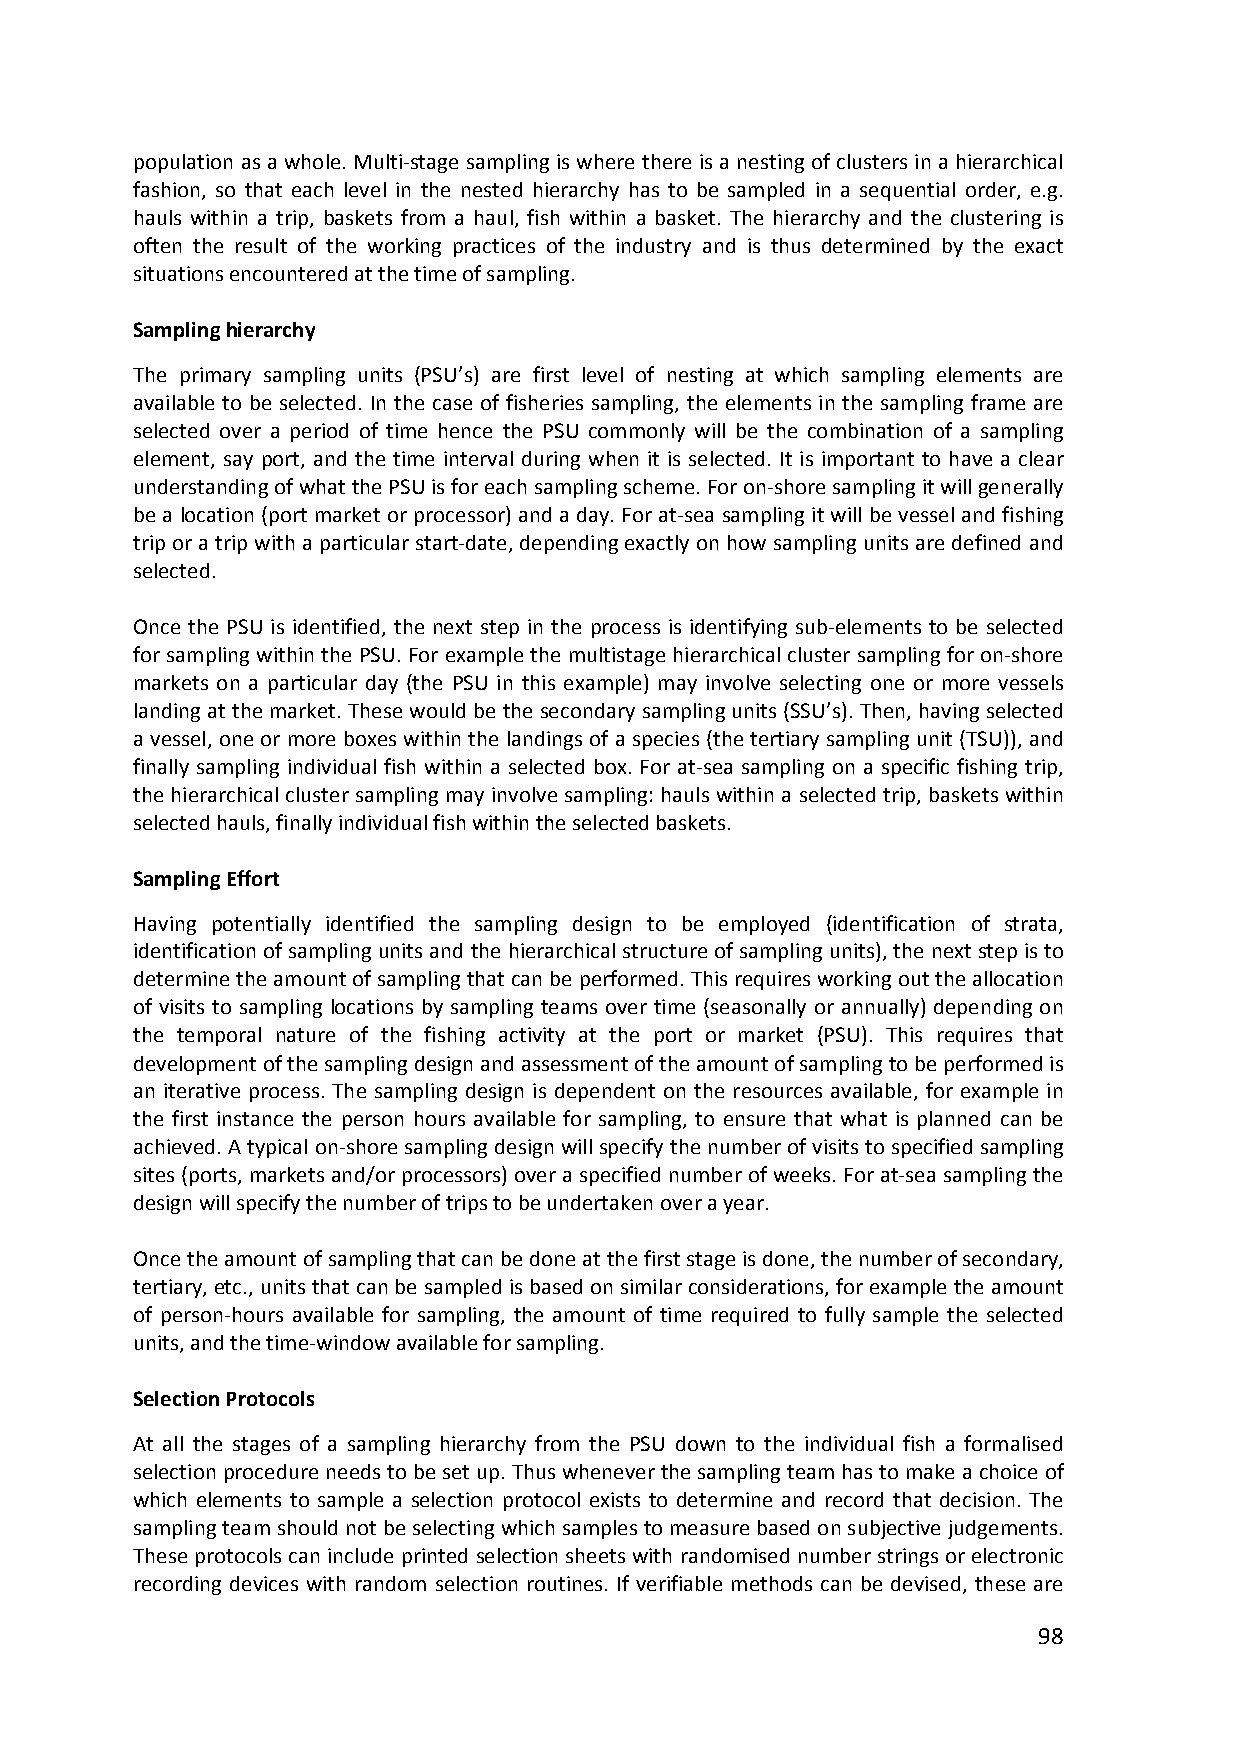
population as a whole. Multi‐stage sampling is where there is a nesting of clusters in a hierarchical
 fashion, so that each level in the nested hierarchy has to be sampled in a sequential order, e.g.
 hauls within a trip, baskets from a haul, fish within a basket. The hierarchy and the clustering is
 often the result of the working practices of the industry and is thus determined by the exact
 situations encountered at the time of sampling.
 Sampling hierarchy
 The primary sampling units (PSU’s) are first level of nesting at which sampling elements are
 available to be selected. In the case of fisheries sampling, the elements in the sampling frame are
 selected over a period of time hence the PSU commonly will be the combination of a sampling
 element, say port, and the time interval during when it is selected. It is important to have a clear
 understanding of what the PSU is for each sampling scheme. For on‐shore sampling it will generally
 be a location (port market or processor) and a day. For at‐sea sampling it will be vessel and fishing
 trip or a trip with a particular start‐date, depending exactly on how sampling units are defined and
 selected.
 Once the PSU is identified, the next step in the process is identifying sub‐elements to be selected
 for sampling within the PSU. For example the multistage hierarchical cluster sampling for on‐shore
 markets on a particular day (the PSU in this example) may involve selecting one or more vessels
 landing at the market. These would be the secondary sampling units (SSU’s). Then, having selected
 a vessel, one or more boxes within the landings of a species (the tertiary sampling unit (TSU)), and
 finally sampling individual fish within a selected box. For at‐sea sampling on a specific fishing trip,
 the hierarchical cluster sampling may involve sampling: hauls within a selected trip, baskets within
 selected hauls, finally individual fish within the selected baskets.
 Sampling Effort
 Having potentially identified the sampling design to be employed (identification of strata,
 identification of sampling units and the hierarchical structure of sampling units), the next step is to
 determine the amount of sampling that can be performed. This requires working out the allocation
 of visits to sampling locations by sampling teams over time (seasonally or annually) depending on
 the temporal nature of the fishing activity at the port or market (PSU). This requires that
 development of the sampling design and assessment of the amount of sampling to be performed is
 an iterative process. The sampling design is dependent on the resources available, for example in
 the first instance the person hours available for sampling, to ensure that what is planned can be
 achieved. A typical on‐shore sampling design will specify the number of visits to specified sampling
 sites (ports, markets and/or processors) over a specified number of weeks. For at‐sea sampling the
 design will specify the number of trips to be undertaken over a year.
 Once the amount of sampling that can be done at the first stage is done, the number of secondary,
 tertiary, etc., units that can be sampled is based on similar considerations, for example the amount
 of person‐hours available for sampling, the amount of time required to fully sample the selected
 units, and the time‐window available for sampling.
 Selection Protocols
 At all the stages of a sampling hierarchy from the PSU down to the individual fish a formalised
 selection procedure needs to be set up. Thus whenever the sampling team has to make a choice of
 which elements to sample a selection protocol exists to determine and record that decision. The
 sampling team should not be selecting which samples to measure based on subjective judgements.
 These protocols can include printed selection sheets with randomised number strings or electronic
 recording devices with random selection routines. If verifiable methods can be devised, these are
 98